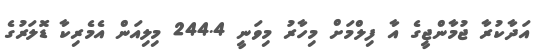
އަދާކުރާ ޖުމާންޖީގެ އާ ފިލްމަށް މިހާރު މިވަނީ 244.4 މިލިއަން އެމެރިކާ ޑޮލަރުގެ